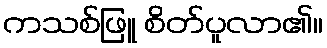
ကသစ်ဖြူ စိတ်ပူလာ၏။